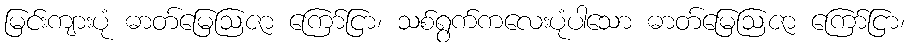
မြင်းကျားပုံ ဓာတ်မြေဩဇာ ကြော်ငြာ၊ သစ်ရွက်ကလေးပုံပါသော ဓာတ်မြေဩဇာ ကြော်ငြာ၊